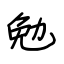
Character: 勉